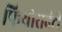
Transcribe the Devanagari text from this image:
फियोरावंटी